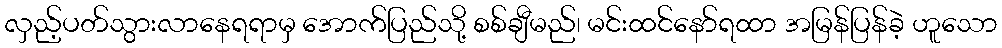
လှည့်ပတ်သွားလာနေရရာမှ အောက်ပြည်သို့ စစ်ချီမည်၊ မင်းထင်နော်ရထာ အမြန်ပြန်ခဲ့ ဟူသော